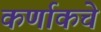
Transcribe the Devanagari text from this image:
कर्णाकचे